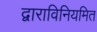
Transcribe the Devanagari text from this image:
द्वाराविनियमित